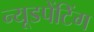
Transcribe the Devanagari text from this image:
न्यूडपेंटिंग